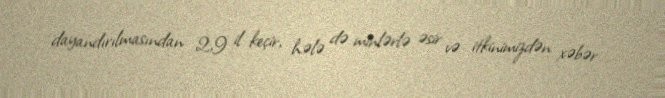
dayandırılmasından 2,9 il keçir, hələ də minlərlə əsir və itkinimizdən xəbər